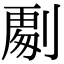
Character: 𭄏